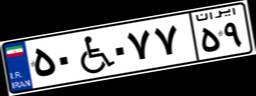
۵۰W۰۷۷۵۹